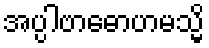
အပ္ပါဗာဓောဟမသ္မိ